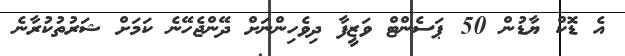
އެ ޑޮކް ޔާޑުން 50 ޕަސެންޓް ވަޒީފާ ދިވެހިންނަށް ދޭންޖެހޭނެ ކަމަށް ޝަރުތުކުރާނެ